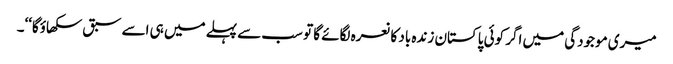
میری موجودگی میں اگر کوئی پاکستان زندہ باد کا نعرہ لگائے گا تو سب سے پہلے میں ہی اسے سبق سکھاؤگا‘‘۔